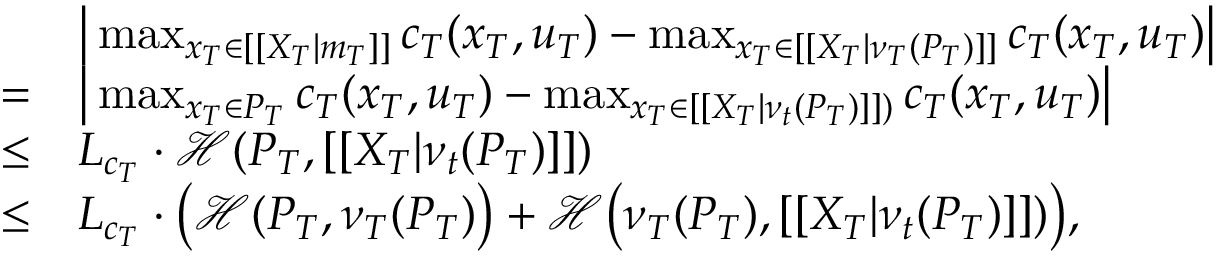
\begin{array} { r l } & { \big | \operatorname* { m a x } _ { x _ { T } \in [ [ X _ { T } | m _ { T } ] ] } c _ { T } ( x _ { T } , u _ { T } ) - \operatorname* { m a x } _ { x _ { T } \in [ [ X _ { T } | \nu _ { T } ( { P } _ { T } ) ] ] } c _ { T } ( x _ { T } , u _ { T } ) \big | } \\ { = } & { \big | \operatorname* { m a x } _ { x _ { T } \in P _ { T } } c _ { T } ( x _ { T } , u _ { T } ) - \operatorname* { m a x } _ { x _ { T } \in [ [ X _ { T } | \nu _ { t } ( { P } _ { T } ) ] ] ) } c _ { T } ( x _ { T } , u _ { T } ) \big | } \\ { \leq } & { L _ { c _ { T } } \cdot \mathcal { H } ( P _ { T } , [ [ X _ { T } | \nu _ { t } ( { P } _ { T } ) ] ] ) } \\ { \leq } & { L _ { c _ { T } } \cdot \big ( \mathcal { H } ( P _ { T } , \nu _ { T } ( P _ { T } ) \big ) + \mathcal { H } \big ( \nu _ { T } ( P _ { T } ) , [ [ X _ { T } | \nu _ { t } ( { P } _ { T } ) ] ] ) \big ) , } \end{array}